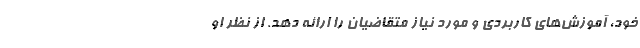
خود، آموزش‌های کاربردی و مورد نیاز متقاضیان را ارائه دهد. از نظر او